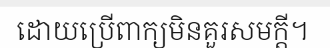
ដោយប្រើពាក្យមិនគួរសមក្តី។